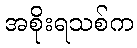
အစိုးရသစ်က